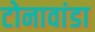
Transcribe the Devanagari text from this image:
टोनावांडा